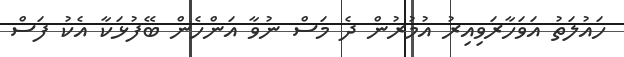
ހައުލަތު އަވަހާރަވިއިރު އުމުރުން ދެ މަސް ނުވާ އަންހެން ބޭފުޅަކާ އެކު ފަސް